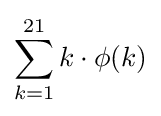
\sum _{k=1}^{21}{k\cdot \phi (k)}